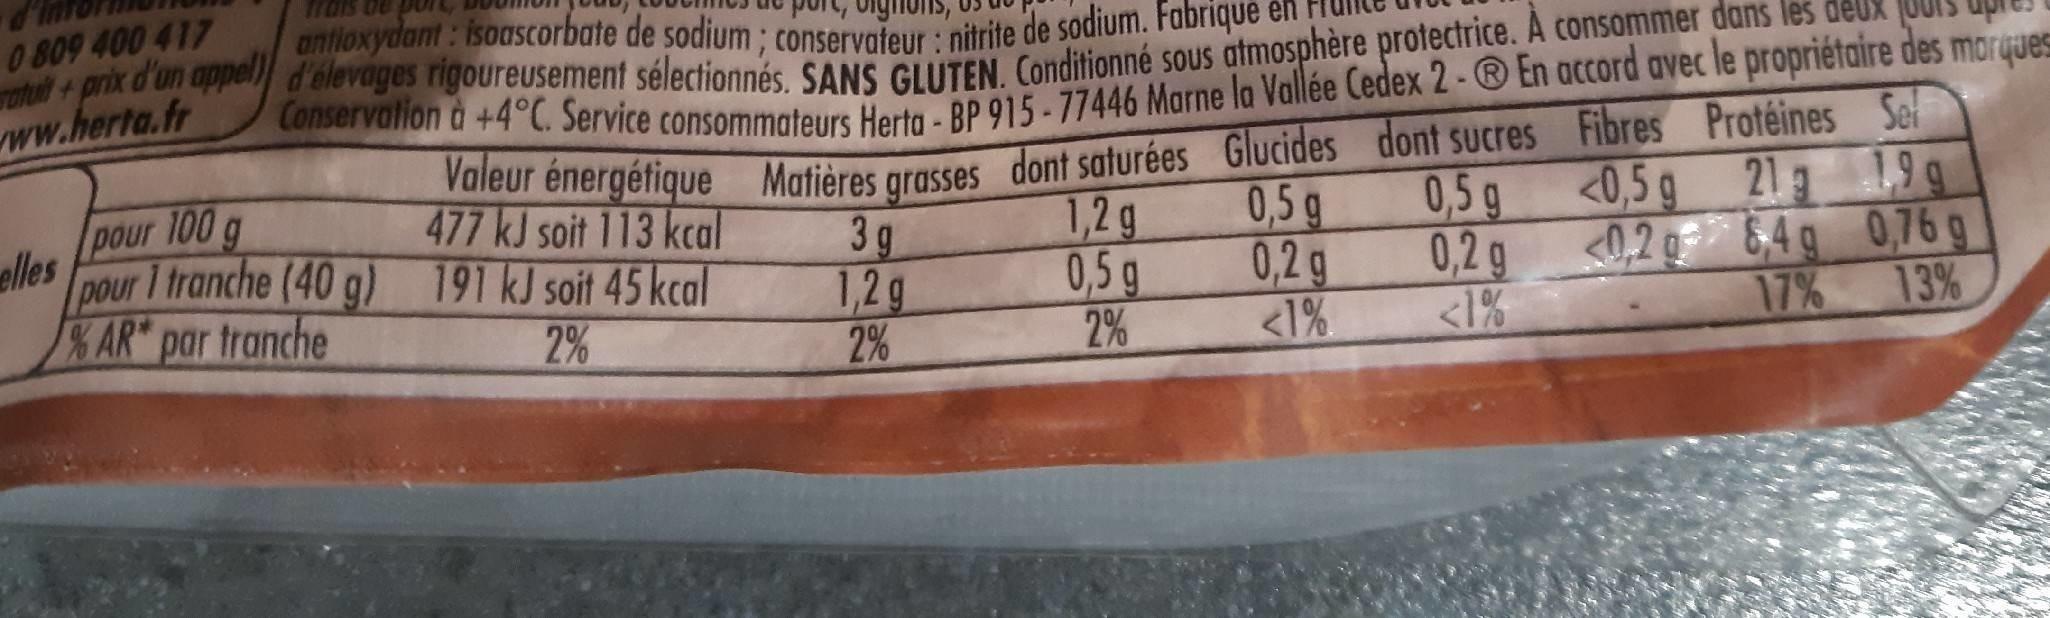
SIDA antioxydant : isoascorbate de sodium: conservateur : nitrite de sodium. Fabrique en
0 809 400 417 ohul + prix d'on appel) d'élevages rigoureusement sélectionnés. SANS GLUTEN. Conditionné sous atmosphère protectrice. A consommer dans les c
oper volnon a +4°C. Service consommateurs Herto - BP 915-77446 Marne la Vallée Cedex 2-® En accord avec le propriétaire des morques Valeur énergétique Matières grasses dont saturées Glucides dont sucres Fibres Protéines Se 0,5 g 0,2g <1%
www.herta.fr
0,5g
<0,5 g
213
19g
100g pour elles pour 1 tranche (40 g) 191 kJ soit 45 kcal
477 kJ soit 113 kcal
3g 1,2g 2%
1,2g 0,5g 2%
0,2g 0,2 g
84g 0,76 g
AR par tranche
<1%
17%
13%
2%